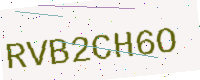
Text: RVB2CH6O